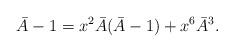
LaTeX: \begin{align*}\bar{A} -1 = x^2\bar{A}(\bar{A}-1) + x^6 \bar{A}^3.\end{align*}